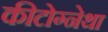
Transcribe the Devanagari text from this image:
कीटोग्नेथा